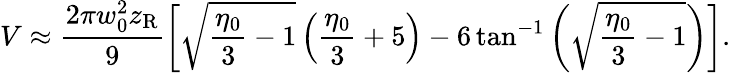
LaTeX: V\approx\frac{2\pi w_{0}^{2}z_{\mathrm{R}}}{9}\left[\sqrt{\frac{\eta_{0}}{3}-1}\left(\frac{\eta_{0}}{3}+5\right)-6\tan^{-1}\left(\sqrt{\frac{\eta_{0}}{3}-1}\right)\right].